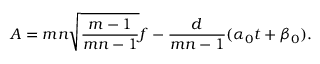
A = m n \sqrt { \frac { m - 1 } { m n - 1 } } f - \frac { d } { m n - 1 } ( \alpha _ { 0 } t + \beta _ { 0 } ) .